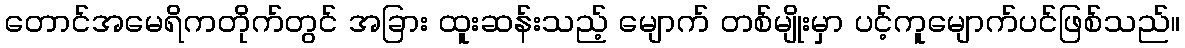
တောင်အမေရိကတိုက်တွင် အခြား ထူးဆန်းသည့် မျောက် တစ်မျိုးမှာ ပင့်ကူမျောက်ပင်ဖြစ်သည်။